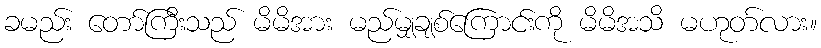
ခမည်း တော်ကြီးသည် မိမိအား မည်မျှချစ်ကြောင်းကို မိမိအသိ မဟုတ်လား။